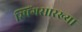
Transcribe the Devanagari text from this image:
स्प्रिंगसारख्या